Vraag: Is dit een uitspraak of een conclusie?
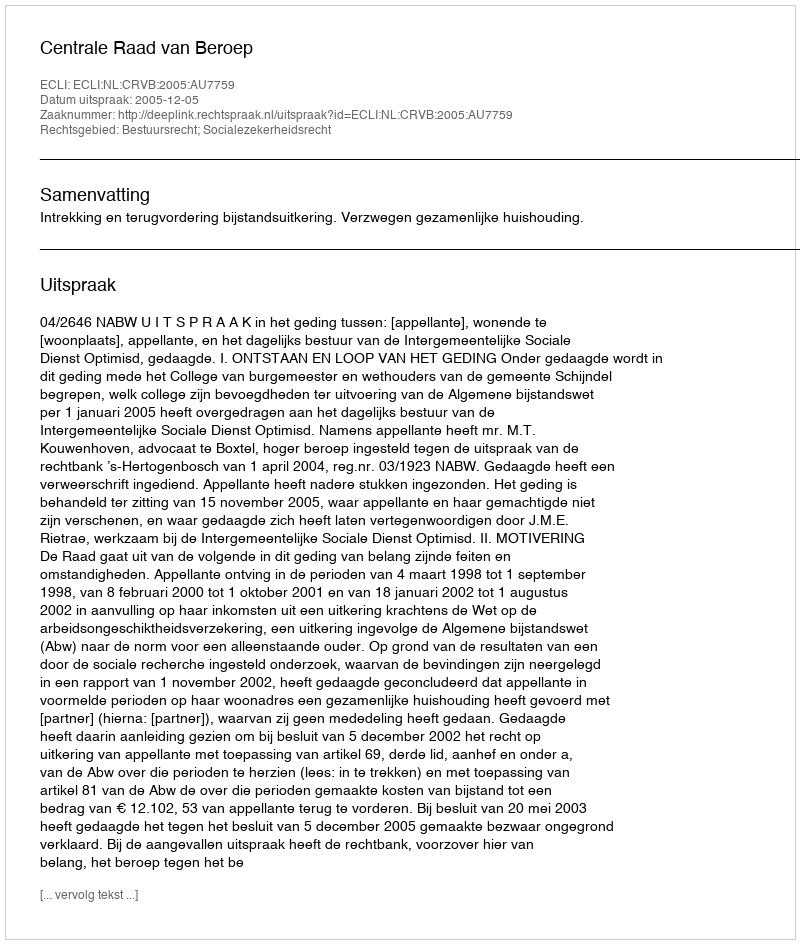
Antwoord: Uitspraak